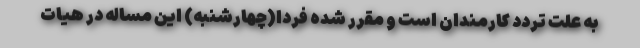
به علت تردد کارمندان است و مقرر شده فردا(چهارشنبه) این مساله در هیات